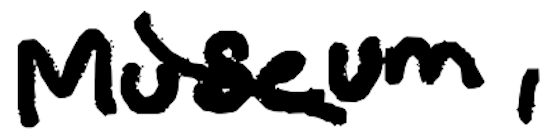
Text: Museum,
Cross-out: diagonal
Writing tool: digital_black